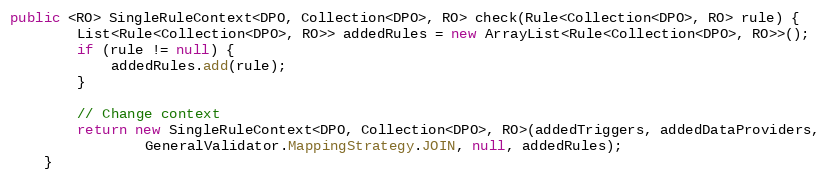
Language: Java
public <RO> SingleRuleContext<DPO, Collection<DPO>, RO> check(Rule<Collection<DPO>, RO> rule) {
        List<Rule<Collection<DPO>, RO>> addedRules = new ArrayList<Rule<Collection<DPO>, RO>>();
        if (rule != null) {
            addedRules.add(rule);
        }

        // Change context
        return new SingleRuleContext<DPO, Collection<DPO>, RO>(addedTriggers, addedDataProviders,
                GeneralValidator.MappingStrategy.JOIN, null, addedRules);
    }